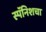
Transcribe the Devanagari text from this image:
स्पॅनिशचा